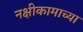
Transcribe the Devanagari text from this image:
नक्षीकामाच्या